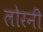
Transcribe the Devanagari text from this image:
लोरनी